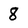
Character: 8